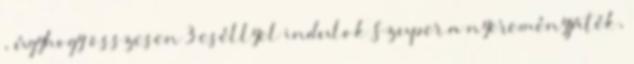
, úgyhogy összesen 3 eséllyel indulok Szuper a nyereményjáték,